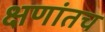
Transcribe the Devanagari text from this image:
क्षणांतच